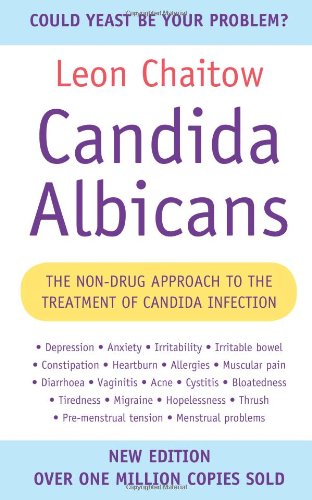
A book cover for Candida Albicans: The Non-drug Approach to the Treatment of Candida Infection; Leon Chaitow; Health, Fitness & Dieting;